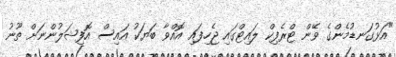
"އަޅުގަނޑުމެންގެ ވޭން ޓްރެފިކް ލައިޓްގައި ޖެހިފައި އޮއްވާ ބަޔަކު އައިސް އޮފިޝަލުންނަށް ތޫނު